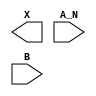
module sky130_fd_sc_lp__and2b (
    X  ,
    A_N,
    B
);

    output X  ;
    input  A_N;
    input  B  ;

    // Voltage supply signals
    supply1 VPWR;
    supply0 VGND;
    supply1 VPB ;
    supply0 VNB ;

endmodule